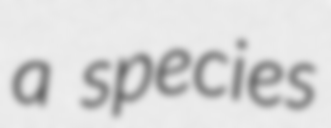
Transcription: a species